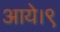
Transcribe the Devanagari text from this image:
आये।९